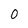
Character: 0